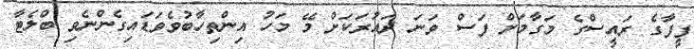
ފީފާގެ ރައީސްގެ މަގާމަށް ފަސް ވަނަ ދައުރަކަށް މޭ މަހު އިންތިހާބުވެވަޑައިގެންނެވި ބްލެޓާ